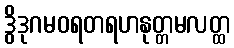
ဒွိဒုဂမဝရတရဟနုတ္တမလတ္ထ